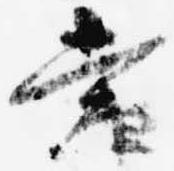
当